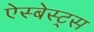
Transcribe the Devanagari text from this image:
ऐस्बेस्ट्स